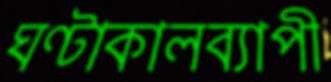
ঘণ্টাকালব্যাপী